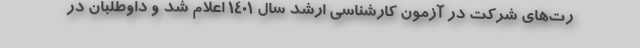
رت‌های شرکت در آزمون کارشناسی ارشد سال ۱۴۰۱ اعلام شد و داوطلبان در